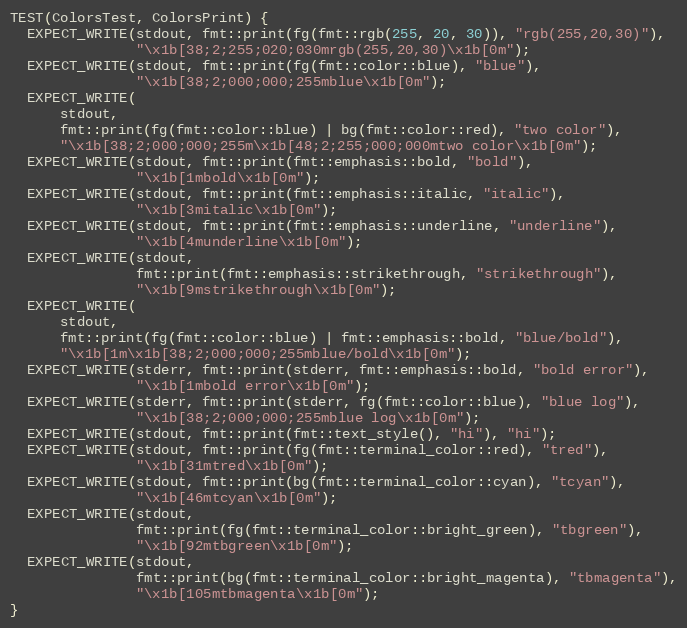
Language: C++
TEST(ColorsTest, ColorsPrint) {
  EXPECT_WRITE(stdout, fmt::print(fg(fmt::rgb(255, 20, 30)), "rgb(255,20,30)"),
               "\x1b[38;2;255;020;030mrgb(255,20,30)\x1b[0m");
  EXPECT_WRITE(stdout, fmt::print(fg(fmt::color::blue), "blue"),
               "\x1b[38;2;000;000;255mblue\x1b[0m");
  EXPECT_WRITE(
      stdout,
      fmt::print(fg(fmt::color::blue) | bg(fmt::color::red), "two color"),
      "\x1b[38;2;000;000;255m\x1b[48;2;255;000;000mtwo color\x1b[0m");
  EXPECT_WRITE(stdout, fmt::print(fmt::emphasis::bold, "bold"),
               "\x1b[1mbold\x1b[0m");
  EXPECT_WRITE(stdout, fmt::print(fmt::emphasis::italic, "italic"),
               "\x1b[3mitalic\x1b[0m");
  EXPECT_WRITE(stdout, fmt::print(fmt::emphasis::underline, "underline"),
               "\x1b[4munderline\x1b[0m");
  EXPECT_WRITE(stdout,
               fmt::print(fmt::emphasis::strikethrough, "strikethrough"),
               "\x1b[9mstrikethrough\x1b[0m");
  EXPECT_WRITE(
      stdout,
      fmt::print(fg(fmt::color::blue) | fmt::emphasis::bold, "blue/bold"),
      "\x1b[1m\x1b[38;2;000;000;255mblue/bold\x1b[0m");
  EXPECT_WRITE(stderr, fmt::print(stderr, fmt::emphasis::bold, "bold error"),
               "\x1b[1mbold error\x1b[0m");
  EXPECT_WRITE(stderr, fmt::print(stderr, fg(fmt::color::blue), "blue log"),
               "\x1b[38;2;000;000;255mblue log\x1b[0m");
  EXPECT_WRITE(stdout, fmt::print(fmt::text_style(), "hi"), "hi");
  EXPECT_WRITE(stdout, fmt::print(fg(fmt::terminal_color::red), "tred"),
               "\x1b[31mtred\x1b[0m");
  EXPECT_WRITE(stdout, fmt::print(bg(fmt::terminal_color::cyan), "tcyan"),
               "\x1b[46mtcyan\x1b[0m");
  EXPECT_WRITE(stdout,
               fmt::print(fg(fmt::terminal_color::bright_green), "tbgreen"),
               "\x1b[92mtbgreen\x1b[0m");
  EXPECT_WRITE(stdout,
               fmt::print(bg(fmt::terminal_color::bright_magenta), "tbmagenta"),
               "\x1b[105mtbmagenta\x1b[0m");
}